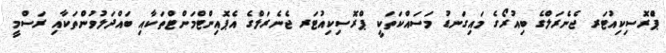
ޕްެރޮސިކިއުޓަރ ޖެނެރަލްގެ ބިއުރޯގެ މައިގަނޑު މަސައްކަތަކީ ޕްރޮސިކިއުޓަރ ޖެނެރަލްގެ އެޕޮއިންޓްމަންޓްތަކާއި ބައްދަލުވުންތަކާއި ރަސްމީ